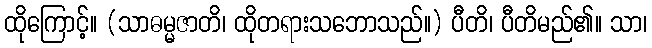
ထိုကြောင့်။ (သာဓမ္မဇာတိ၊ ထိုတရားသဘောသည်။) ပီတိ၊ ပီတိမည်၏။ သာ၊